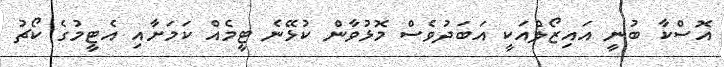
އޮސްކާ ބުނީ އައިޒޯލްއަކީ އަބަދުވެސް މޮޅުވާން ކުޅޭނެ ޓީމެއް ކަމަށާއި އެޓީމުގެ ކޯޗު